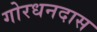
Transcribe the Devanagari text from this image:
गोरधनदास